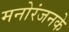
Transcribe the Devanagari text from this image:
मनोरंजनके